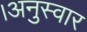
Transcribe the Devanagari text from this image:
।अनुस्वार